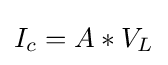
I_{c}=A*V_{L}